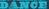
DANCE